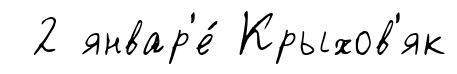
2 январ'е́ Крыхов'як